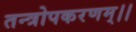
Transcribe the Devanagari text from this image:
तन्त्रोपकरणम्।।